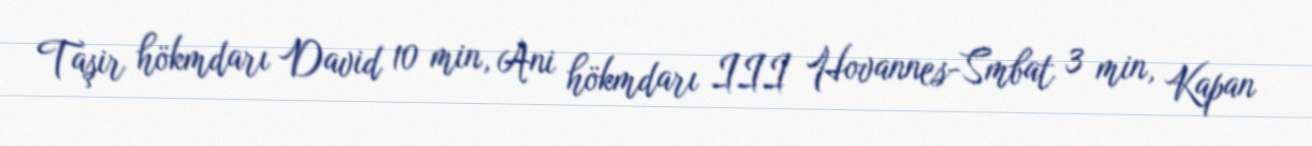
Taşir hökmdarı David 10 min, Ani hökmdarı III Hovannes-Smbat 3 min, Kapan